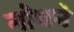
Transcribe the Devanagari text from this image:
नोचने